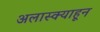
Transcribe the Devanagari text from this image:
अलास्क्याहून